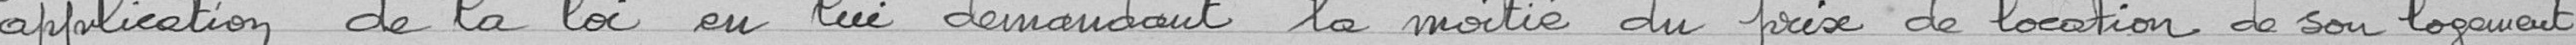
application de la loi en lui demandant la moitié du prix de location de son logement.